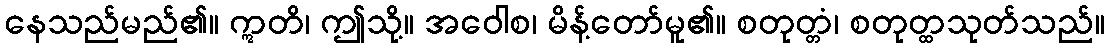
နေသည်မည်၏။ ဣတိ၊ ဤသို့။ အဝေါစ၊ မိန့်တော်မူ၏။ စတုတ္တံ၊ စတုတ္ထသုတ်သည်။